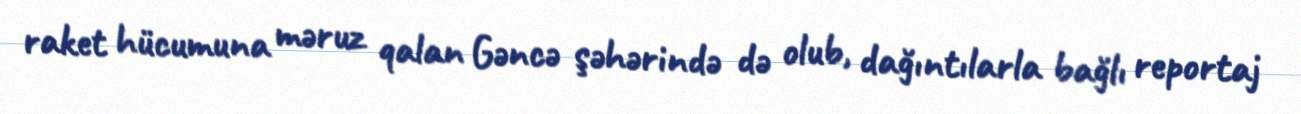
raket hücumuna məruz qalan Gəncə şəhərində də olub, dağıntılarla bağlı reportaj